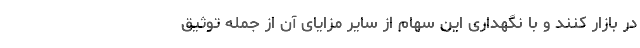
در بازار کنند و با نگهداری این سهام از سایر مزایای آن از جمله توثیق